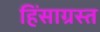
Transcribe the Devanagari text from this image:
हिंसाग्रस्त